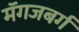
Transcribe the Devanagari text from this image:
मॅगजबर्ग